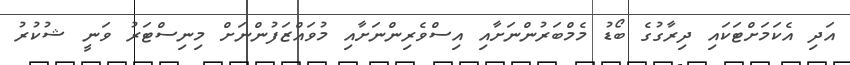
އަދި އެކަމަށްޓަކައި ދިރާގުގެ ބޯޑު މެމްބަރުންނަށާއި އިސްވެރިންނަށާއި މުވައްޒަފުންނަށް މިނިސްޓަރު ވަނީ ޝުކުރު